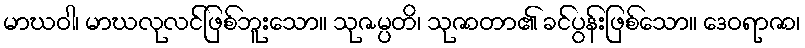
မာဃဝါ၊ မာဃလုလင်ဖြစ်ဘူးသော။ သုဇမ္ပတိ၊ သုဇာတာ၏ ခင်ပွန်းဖြစ်သော။ ဒေဝရာဇာ၊